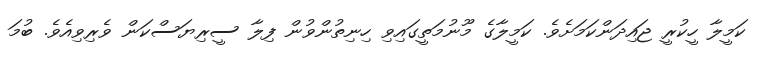
ކަމީލާ ހީކުރީ ޖައިދަންކަމަށެވެ. ކަމީލާގެ މޫނުމަތީގައިވި ހިނިތުންވުން ފިލާ ސީރިޔަސްކަން ވެރިވިއެވެ. ބުމަ